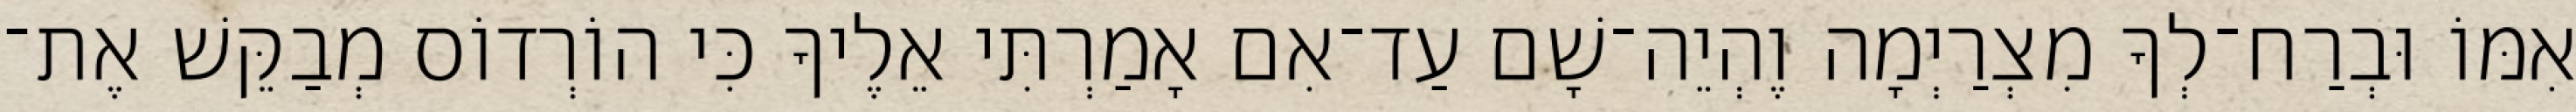
אִמּוֹ וּבְרַח־לְךָ מִצְרַיְמָה וֶהְיֵה־שָׁם עַד־אִם אָמַרְתִּי אֵלֶיךָ כִּי הוֹרְדוֹס מְבַקֵּשׁ אֶת־